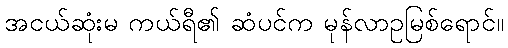
အငယ်ဆုံးမ ကယ်ရီ၏ ဆံပင်က မုန်လာဥမြစ်ရောင်။